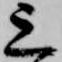
上